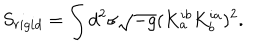
S _ { r i g i d } = \int d ^ { 2 } \sigma \sqrt { - g } ( K _ { a } ^ { i b } K _ { b } ^ { i a } ) ^ { 2 } .